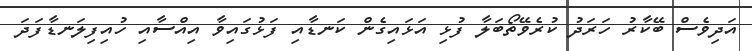
އަދިވެސް ބޭކާރު ހަރަދު ކުރެވޭތޯބަލާ ފުޅި އަޅައިގެން ކަނޑާއި ފަޅުގައިވާ އިއްސާއި ހުއިފިލަނޑާފަދަ